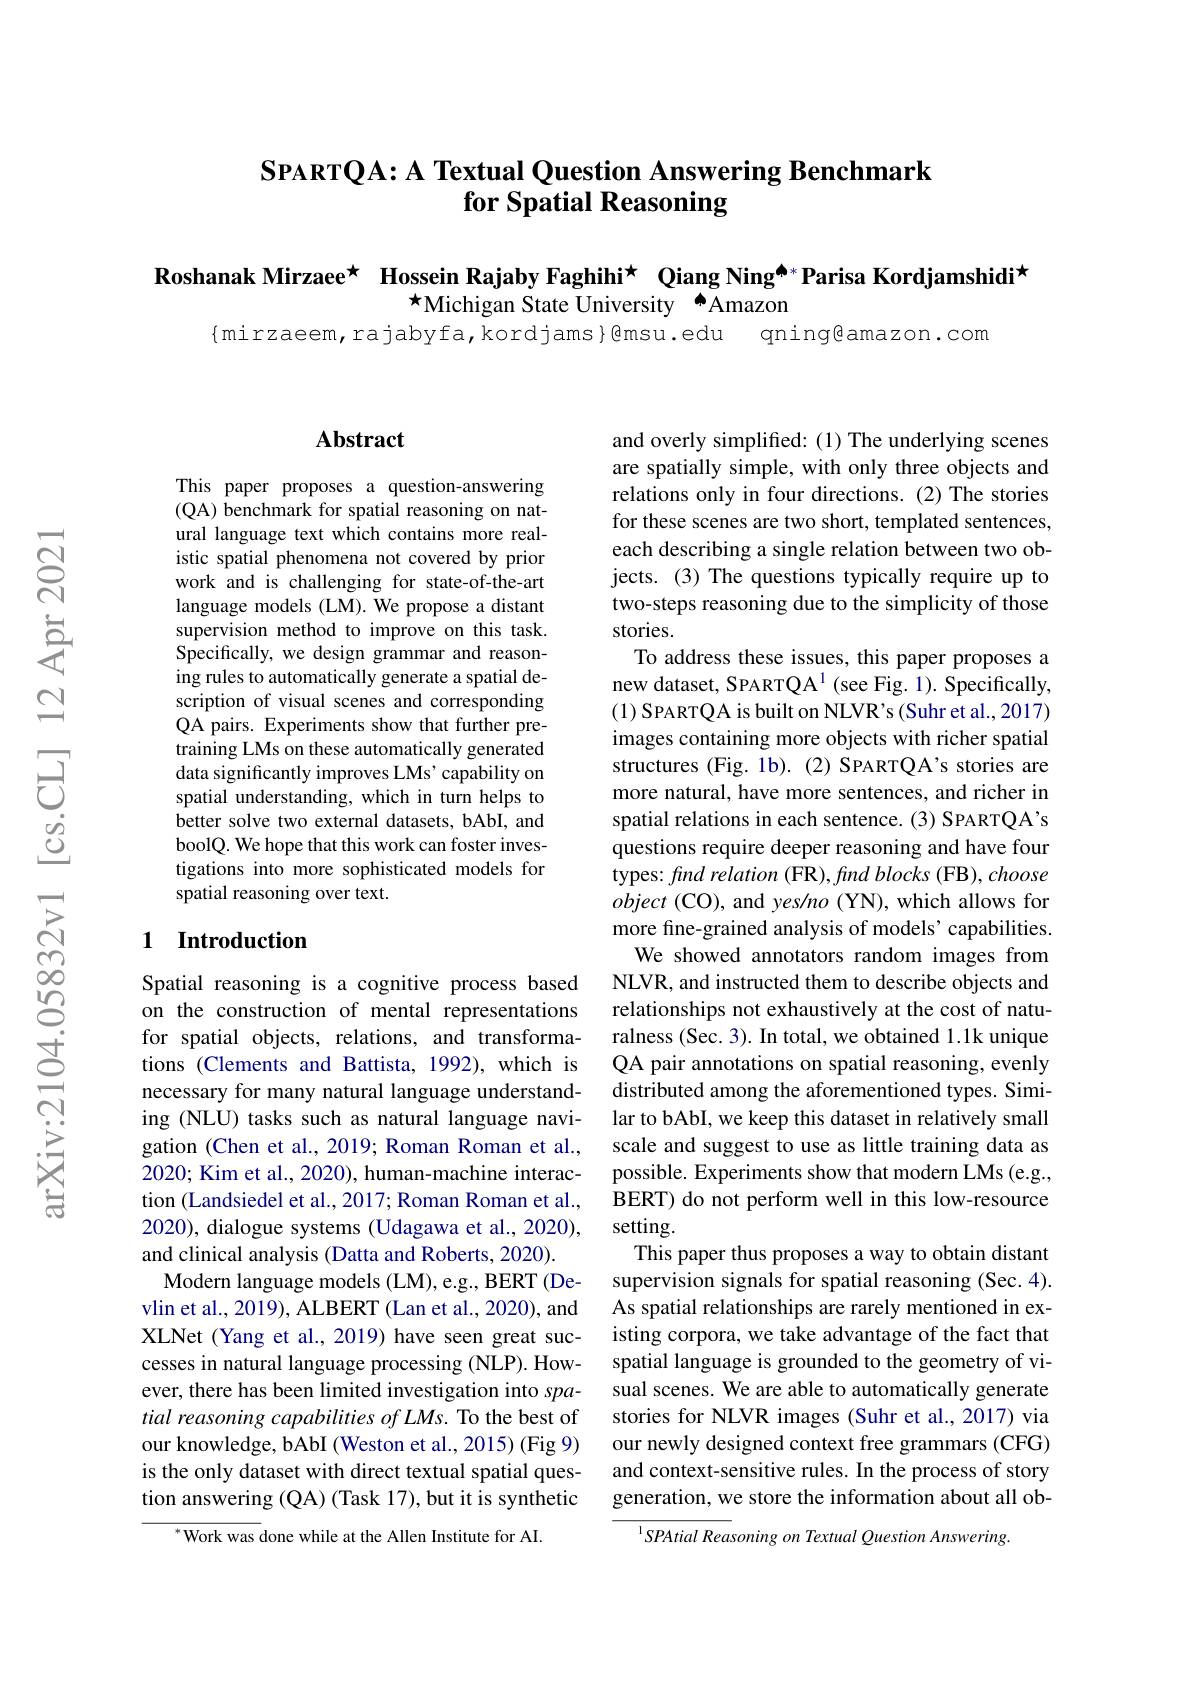
## $\textbf{SPARTQA: A Textual Question Answering Benchmark}$ for Spatial Reasoning

Roshanak Mirzaee* Hossein Rajaby Faghihi$^{\star}$ Qiang Ning$^{\spadesuit*}$Parisa Kordjamshidi$^{\star}$
$\star$Michigan State University $^{\bullet}$Amazon

$\{$mirzaeem,rajabyfa,kordjams}@msu.edu qning@amazon.com

## $\mathbf{Abstract}$

This paper proposes a question-answering (QA) benchmark for spatial reasoning on natural language text which contains more realistic spatial phenomena not covered by prior work and is challenging for state-of-the-art language models (LM). We propose a distant supervision method to improve on this task. Specifically, we design grammar and reasoning rules to automatically generate a spatial description of visual scenes and corresponding QA pairs. Experiments show that further pretraining LMs on these automatically generated data significantly improves LMs' capability on spatial understanding, which in turn helps to better solve two external datasets, bAbI, and boolQ. We hope that this work can foster investigations into more sophisticated models for spatial reasoning over text.

## 1 Introduction

Spatial reasoning is a cognitive process based on the construction of mental representations for spatial objects, relations, and transformations (Clements and Battista, 1992), which is necessary for many natural language understanding (NLU) tasks such as natural language navigation (Chen et al., 2019; Roman Roman et al., 2020; Kim et al., 2020), human-machine interaction (Landsiedel et al., 2017; Roman Roman et al., 2020), dialogue systems (Udagawa et al., 2020), and clinical analysis (Datta and Roberts, 2020).
Modern language models (LM), e.g., BERT (Devlin et al., 2019), ALBERT (Lan et al., 2020), and XLNet (Yang et al., 2019) have seen great successes in natural language processing (NLP). However, there has been limited investigation into spatial reasoning capabilities of LMs. To the best of our knowledge, bAbI (Weston et al., 2015) (Fig 9) is the only dataset with direct textual spatial question answering (QA) (Task 17), but it is synthetic
$^{*}$Work was done while at the Allen Institute for AI.

and overly simplified: (1) The underlying scenes are spatially simple, with only three objects and relations only in four directions. (2) The stories for these scenes are two short, templated sentences, each describing a single relation between two objects. (3) The questions typically require up to two-steps reasoning due to the simplicity of those stories.
To address these issues, this paper proposes a new dataset, SPART$\mathbb{Q} \text{A}^1$ (see Fig. 1). Specifically, (1) SPARTQA is built on NLVR' s (Suhr et al., 2017) images containing more objects with richer spatial structures (Fig. 1b). (2) SPARTQA's stories are more natural, have more sentences, and richer in spatial relations in each sentence. (3) SPARTQA's questions require deeper reasoning and have four types: find relation (FR), find blocks (FB), choose object ( CO) , and yes/ no ( YN) , which allows for more fine-grained analysis of models' capabilities.
We showed annotators random images from NLVR, and instructed them to describe objects and relationships not exhaustively at the cost of naturalness (Sec. 3). In total, we obtained 1.1k unique QA pair annotations on spatial reasoning, evenly distributed among the aforementioned types. Similar to bAbI, we keep this dataset in relatively small scale and suggest to use as little training data as possible. Experiments show that modern LMs (e.g., BERT) do not perform well in this low-resource setting.
This paper thus proposes a way to obtain distant supervision signals for spatial reasoning (Sec. 4). As spatial relationships are rarely mentioned in existing corpora, we take advantage of the fact that spatial language is grounded to the geometry of visual scenes. We are able to automatically generate stories for NLVR images (Suhr et al., 2017) via our newly designed context free grammars (CFG) and context-sensitive rules. In the process of story generation, we store the information about all ob-
$^{1}SPAtial$ Reasoning on Textual Question Answering.